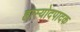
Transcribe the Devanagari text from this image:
हास्योदपादक